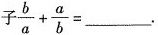
子$$\frac{b}{a}+ \frac{a}{b}=___$$.